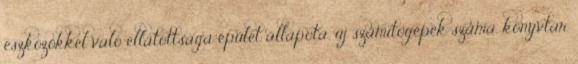
eszközökkel való ellátottsága épület állapota, új számítógépek száma, könyvtár